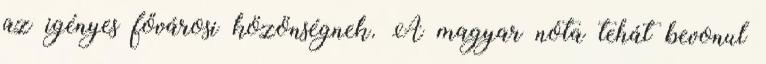
az igényes fővárosi közönségnek. A magyar nóta tehát bevonul